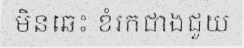
មិនឆេះ ខំរកជាងជួយ